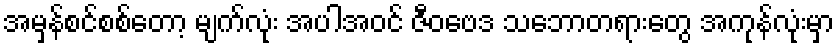
အမှန်စင်စစ်တော့ မျက်လုံး အပါအဝင် ဇီဝဗေဒ သဘောတရားတွေ အကုန်လုံးမှာ